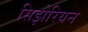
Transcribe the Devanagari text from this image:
सिझेरियन